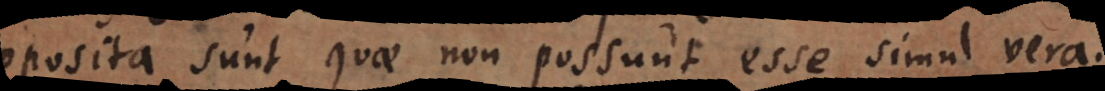
Opposita sunt quae non possunt esse simul vera.